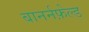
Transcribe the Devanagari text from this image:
बानर्नफ़ेल्ड